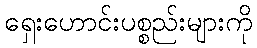
ရှေးဟောင်းပစ္စည်းများကို